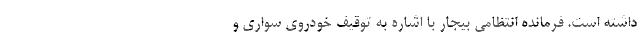
داشته است. فرمانده انتظامی بیجار با اشاره به توقیف خودروی سواری و